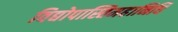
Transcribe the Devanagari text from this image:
विद्योपास्तिमहानिधि